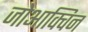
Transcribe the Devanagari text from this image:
जोआक्विन